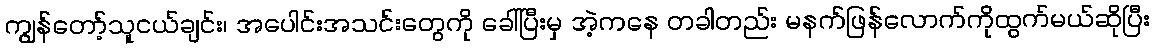
ကျွန်တော့်သူငယ်ချင်း၊ အပေါင်းအသင်းတွေကို ခေါ်ပြီးမှ အဲ့ကနေ တခါတည်း မနက်ဖြန်လောက်ကိုထွက်မယ်ဆိုပြီး